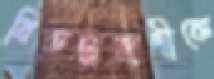
বিরুদ্ধবাদীকে